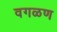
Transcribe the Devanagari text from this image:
वगळण